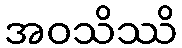
အဝသိဿိ